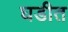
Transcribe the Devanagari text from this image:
घडीत